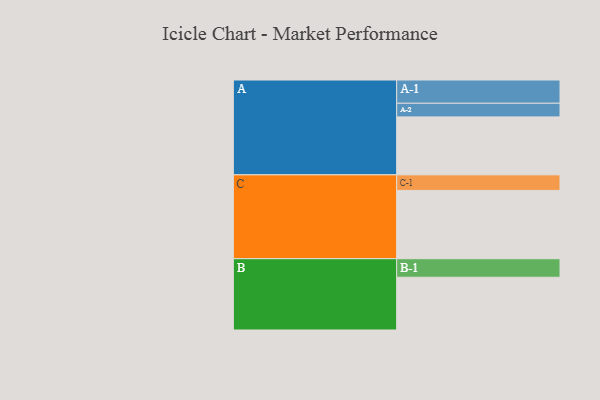
{"axis": {"x": "Segment", "y": "Value"}, "legend": ["", "A", "B", "C"], "data": [{"x": "A", "y": 369, "type": ""}, {"x": "B", "y": 336, "type": ""}, {"x": "C", "y": 435, "type": ""}, {"x": "A-1", "y": 148, "type": "A"}, {"x": "A-2", "y": 87, "type": "A"}, {"x": "B-1", "y": 118, "type": "B"}, {"x": "C-1", "y": 99, "type": "C"}]}